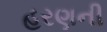
હરણની